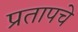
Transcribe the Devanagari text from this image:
प्रतापचे